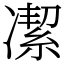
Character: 㓗